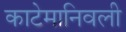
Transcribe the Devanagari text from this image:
काटेमानिवली